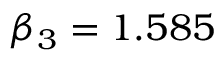
\beta _ { 3 } = 1 . 5 8 5